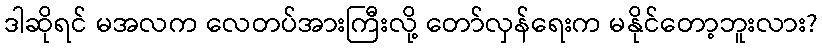
ဒါဆိုရင် မအလက လေတပ်အားကြီးလို့ တော်လှန်ရေးက မနိုင်တော့ဘူးလား?